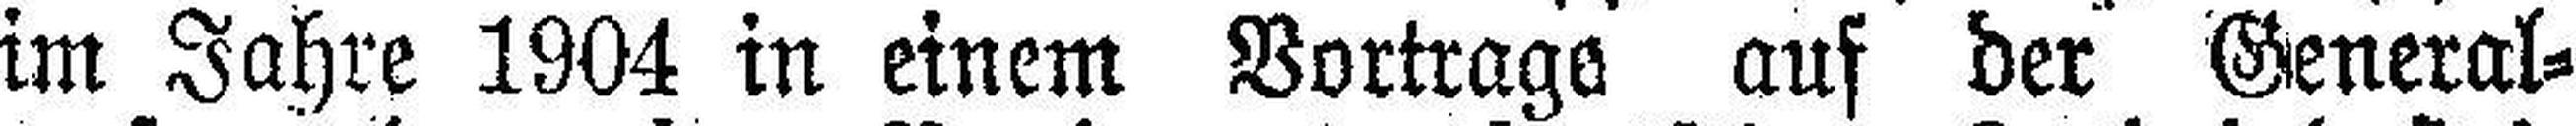
im Jahre 1904 in einem Vortrags auf der General¬